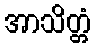
အာသိတ္တံ